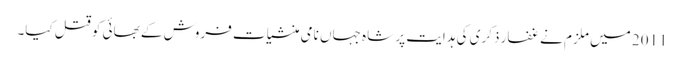
2011 میں ملزم نے غفار ذکری کی ہدایت پر شاہ جہاں نامی منشیات فروش کے بھائی کو قتل کیا۔